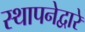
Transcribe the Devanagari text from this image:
स्थापनेद्वारे